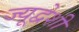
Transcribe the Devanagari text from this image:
ज्यूद्वेशी